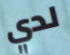
لدي